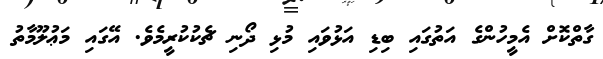
ގާތްކޮށް އެމީހުންގެ އަތުގައި ބިޑި އަޅުވައި މުޅި ދޯނި ޗެކުކުރީމެވެ. އޭގައި މަޢުލޫމާތު